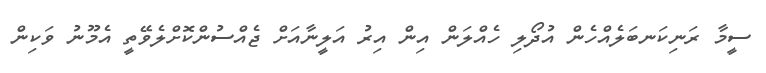
ސީމާ ރަނިކަނބަލެއްހެން އުދޯލި ހެއްލަން އިން އިރު އަލީނާއަށް ޖެއްސުންކޮށްލެވޭތީ އެމޫނު ވަކިން